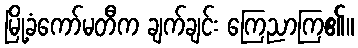
မြို့ခံကော်မတီက ချက်ချင်း ကြေညာကြ၏။